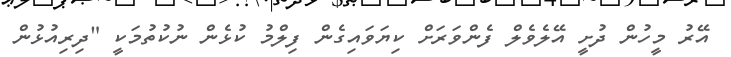
އޭރު މީހުން ދުށީ އޭލެވެލް ފެންވަރަށް ކިޔަވައިގެން ފިލްމު ކުޅެން ނުކުތުމަކީ "ދިރިއުޅުން